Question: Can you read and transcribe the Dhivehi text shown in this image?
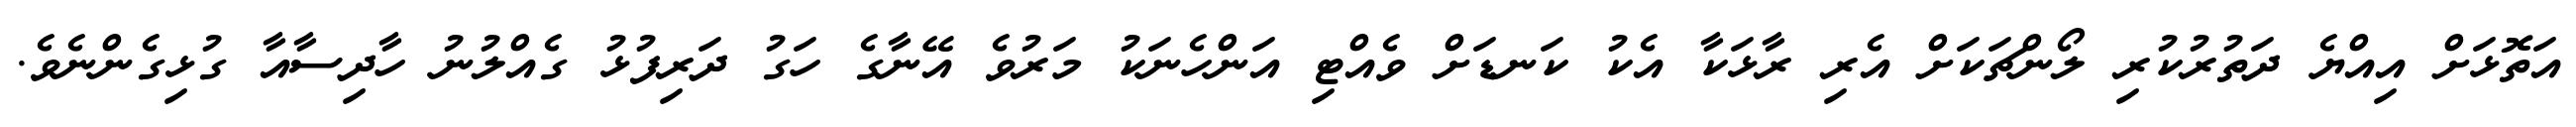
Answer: އަތޮޅަށް އިއްޔެ ދަތުރުކުރި ލޯންޗަކަށް އެރި ރާޅަކާ އެކު ކަނޑަށް ވެއްޓި އަންހެނަކު މަރުވެ އޭނާގެ ހަގު ދަރިފުޅު ގެއްލުނު ހާދިސާއާ ގުޅިގެންނެވެ.